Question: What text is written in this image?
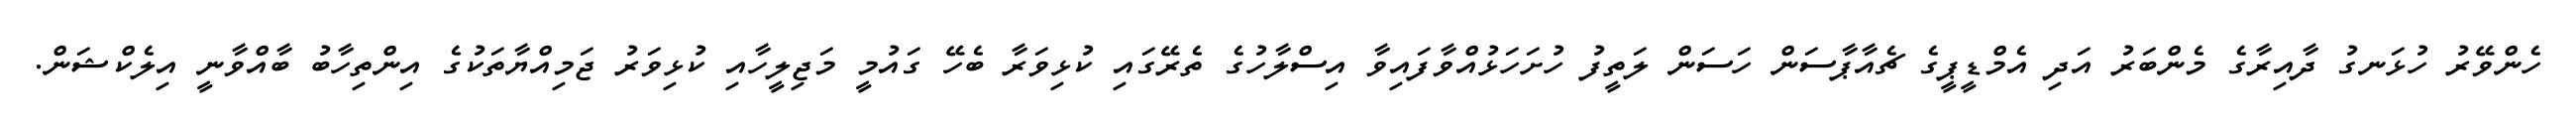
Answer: ހެންވޭރު ހުޅަނގު ދާއިރާގެ މެންބަރު އަދި އެމްޑީޕީގެ ޗެއާޕާސަން ހަސަން ލަތީފު ހުށަހަޅުއްވާފައިވާ އިސްލާހުގެ ތެރޭގައި ކުޅިވަރާ ބެހޭ ގައުމީ މަޖިލީހާއި ކުޅިވަރު ޖަމިއްޔާތަކުގެ އިންތިހާބު ބާއްވާނީ އިލެކްޝަން.